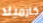
كارميلا